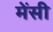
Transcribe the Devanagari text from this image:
मेंसी